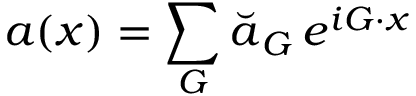
\boldsymbol a ( \boldsymbol x ) = \sum _ { \boldsymbol G } \breve { \boldsymbol a } _ { \boldsymbol G } \, e ^ { i \boldsymbol G \cdot \boldsymbol x }